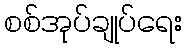
စစ်အုပ်ချုပ်ရေး